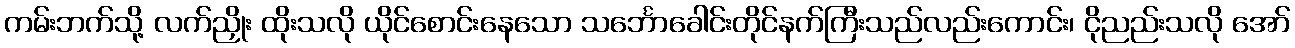
ကမ်းဘက်သို့ လက်ညှိုး ထိုးသလို ယိုင်စောင်းနေသော သင်္ဘောခေါင်းတိုင်နက်ကြီးသည်လည်းကောင်း၊ ငိုညည်းသလို အော်